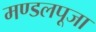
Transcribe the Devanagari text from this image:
मण्डलपूजा